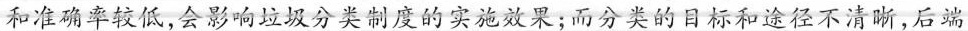
和准确率较低，会影响垃圾分类制度的实施效果；而分类的目标和途径不清晰，后端